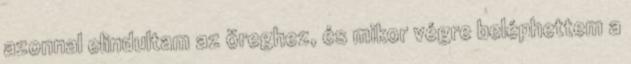
azonnal elindultam az öreghez, és mikor végre beléphettem a